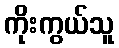
ကိုးကွယ်သူ